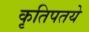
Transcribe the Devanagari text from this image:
कृतिपतये